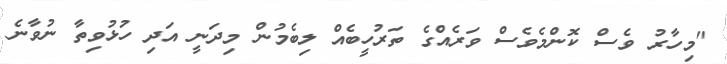
"މިހާރު ވެސް ކޮންމެވެސް ވަރެއްގެ ތަރުހީބެއް ލިބެމުން މިދަނީ އަދި ހުޅުވިތާ ނުވާނެ